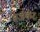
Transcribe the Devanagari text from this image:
बर्जर्कर